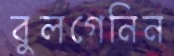
বুলগেনিন